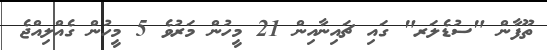
ތޫފާން "ސުޑެލަރ" ގައި ޗައިނާއިން 21 މީހުން މަރުވެ 5 މީހުން ގެއްލިއްޖެ